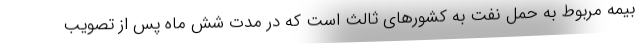
بیمه مربوط به حمل نفت به کشورهای ثالث است که در مدت شش ماه پس از تصویب